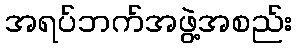
အရပ်ဘက်အဖွဲ့အစည်း